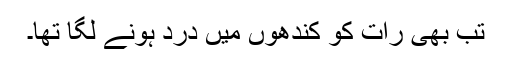
تب بھی رات کو کندھوں میں درد ہونے لگا تھا۔